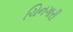
ચિનગારી